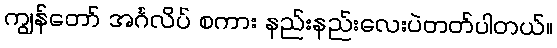
ကျွန်တော် အင်္ဂလိပ် စကား နည်းနည်းလေးပဲတတ်ပါတယ်။